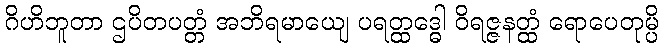
ဂိဟိဘူတာ ဌပိတပတ္တံ အဘိရမာယျေ ပရတ္ထဒ္ဓေါ ဝိရဇ္ဇနတ္ထံ ရောပေတုမ္ပိ